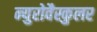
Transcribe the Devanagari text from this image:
न्युरोवैस्कुलर